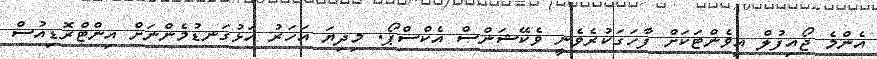
އެންމެ ޖޯއިފުލް އިވެންޓަކަށް ފާހަގަކުރެވެނީ ވެކޭޝަންސް އެކްސްޕޯ. މިދިޔަ އަހަރު އަޅުގަނޑުމެންނަށް އިންޓްރޮޑިއުސް